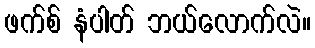
ဖက်စ် နံပါတ် ဘယ်လောက်လဲ။